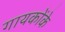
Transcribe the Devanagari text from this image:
गायकोंके